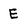
Character: E